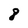
Character: 8